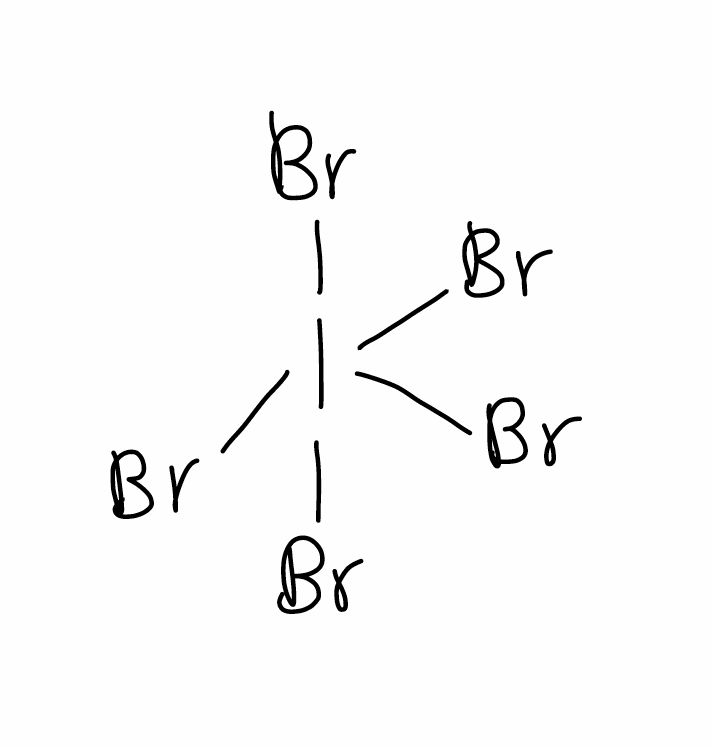
Simplified molecular-input line-entry system (SMILES) notation of the given molecule:
BrI(Br)(Br)(Br)Br